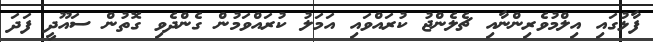
ފާޅުގައި އިލްމުވެރިންނާއި ޗެލެންޖު ކުރައްވައި އަމަލު ކުރައްވަމުން ގެންދެވި ގޮތުން ސައޫދީ ފަދަ